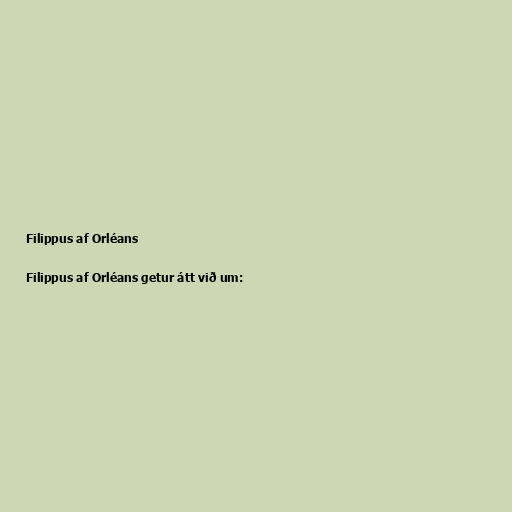
Filippus af Orléans

Filippus af Orléans getur átt við um: